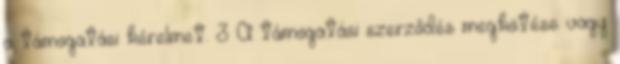
a támogatási kérelmet. 3 A támogatási szerződés megkötése vagy